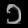
Digit: ၁